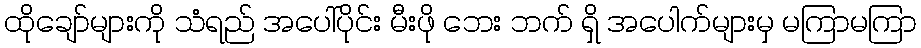
ထိုချော်များကို သံရည် အပေါ်ပိုင်း မီးဖို ဘေး ဘက် ရှိ အပေါက်များမှ မကြာမကြာ